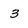
Character: 3